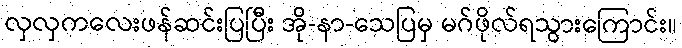
လှလှကလေးဖန်ဆင်းပြပြီး အို-နာ-သေပြမှ မဂ်ဖိုလ်ရသွားကြောင်း။